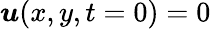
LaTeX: \boldsymbol u(x,y,t=0)=0